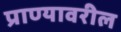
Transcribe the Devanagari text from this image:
प्राण्यावरील